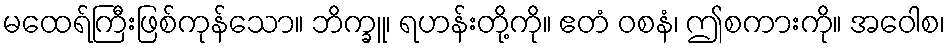
မထေရ်ကြီးဖြစ်ကုန်သော။ ဘိက္ခူ၊ ရဟန်းတို့ကို။ ဧတံ ဝစနံ၊ ဤစကားကို။ အဝေါစ၊